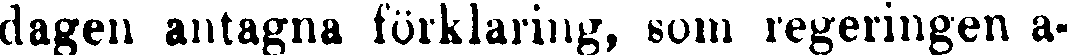
dagen antagna förklaring, som regeringen a-